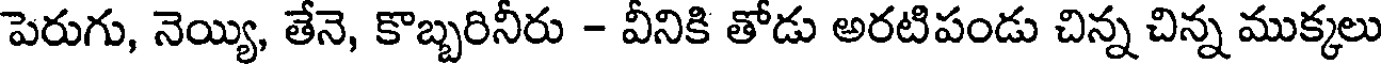
పెరుగు, నెయ్యి, తేనె, కొబ్బరినీరు - వీనికి తోడు అరటిపండు చిన్న చిన్న ముక్కలు